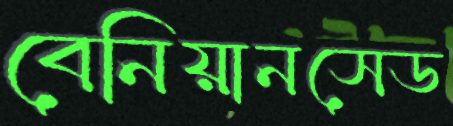
বেনিয়ানসেড